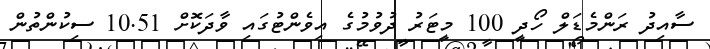
ސާއިދު ރަންމެޑަލް ހޯދީ 100 މީޓަރު ދުވުމުގެ އިވެންޓުގައި ވާދަކޮށް 10.51 ސިކުންތުން